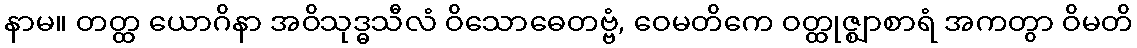
နာမ။ တတ္ထ ယောဂိနာ အဝိသုဒ္ဓသီလံ ဝိသောဓေတဗ္ဗံ, ဝေမတိကေ ဝတ္ထုဇ္ဈာစာရံ အကတွာ ဝိမတိ